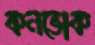
কনভোক